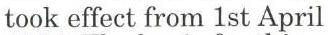
took effect from 1st April